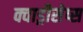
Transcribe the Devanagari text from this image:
क्वाड्रीसेप्स